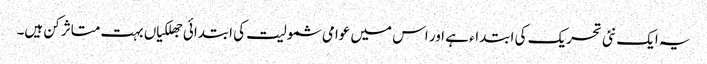
یہ ایک نئی تحریک کی ابتداء ہے اور اس میں عوامی شمولیت کی ابتدائی جھلکیاں بہت متاثر کن ہیں۔